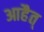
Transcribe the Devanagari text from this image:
आहैत्